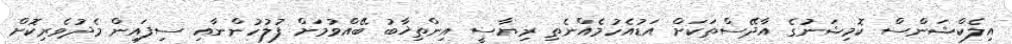
އިލެކްޝަންސް ކޮމިޝަނުގެ އާދޭސްތަކަށް އަޑުއެހުމެއްނެތި ރިޔާސީ އިންތިޚާބު ބޭއްވުމަށް ފުލުހުންނާއި ސިފައިން މެދުވެރިކޮށް